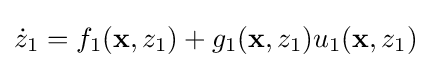
{\dot {z}}_{1}=f_{1}(\mathbf {x} ,z_{1})+g_{1}(\mathbf {x} ,z_{1})u_{1}(\mathbf {x} ,z_{1})